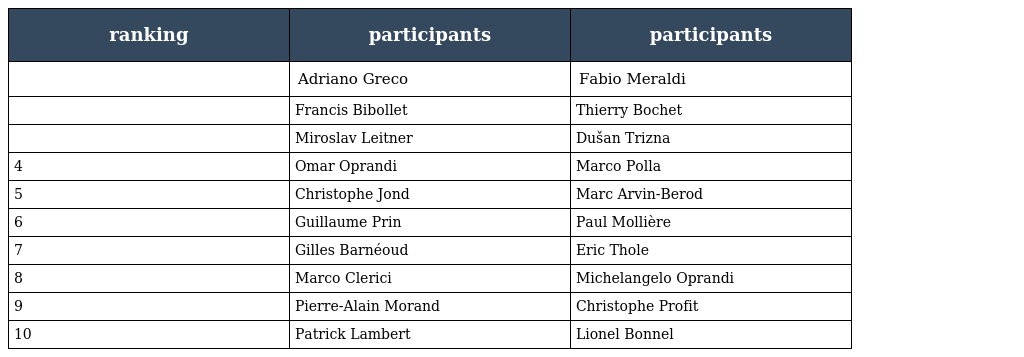
| ranking | participants | participants |
 | --- | --- | --- |
 |  | Adriano Greco | Fabio Meraldi |
 |  | Francis Bibollet | Thierry Bochet |
 |  | Miroslav Leitner | Dušan Trizna |
 | 4 | Omar Oprandi | Marco Polla |
 | 5 | Christophe Jond | Marc Arvin-Berod |
 | 6 | Guillaume Prin | Paul Mollière |
 | 7 | Gilles Barnéoud | Eric Thole |
 | 8 | Marco Clerici | Michelangelo Oprandi |
 | 9 | Pierre-Alain Morand | Christophe Profit |
 | 10 | Patrick Lambert | Lionel Bonnel |